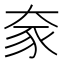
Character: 𫯦